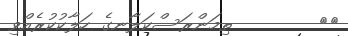
٩٥        ތިމަންރަސްކަލާނގެ ހަލާކުކުރެއްވި